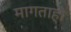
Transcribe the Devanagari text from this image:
मागताही